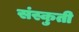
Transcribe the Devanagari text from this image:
संस्कुती